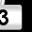
Digit: 3